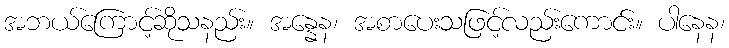
အဘယ်ကြောင့်ဆိုသနည်း။ အန္နေန၊ အစာပေးသဖြင့်လည်းကောင်း။ ပါနေန၊